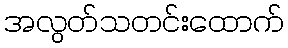
အလွတ်သတင်းထောက်